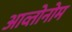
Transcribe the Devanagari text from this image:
आव्तोनोम